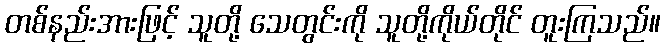
တစ်နည်းအားဖြင့် သူတို့ သေတွင်းကို သူတို့ကိုယ်တိုင် တူးကြသည်။